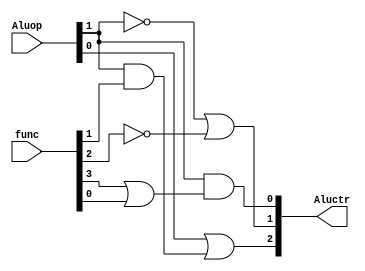
module mips_Alu_Control_Block( func, Aluop, Aluctr );

input [5:0] func;
input[1:0] Aluop;

output [2:0] Aluctr;

wire r1,r2,r3,r4;

//Aluctr<2>
and(r1,Aluop[1],func[1]);
or(Aluctr[2],Aluop[0],r1);

//Aluctr<1>
not(r2,Aluop[1]);
not(r3,func[2]);
or(Aluctr[1],r2,r3);

//Aluctr<0>
or(r4,func[3],func[0]);
and(Aluctr[0],Aluop[1],r4);

endmodule